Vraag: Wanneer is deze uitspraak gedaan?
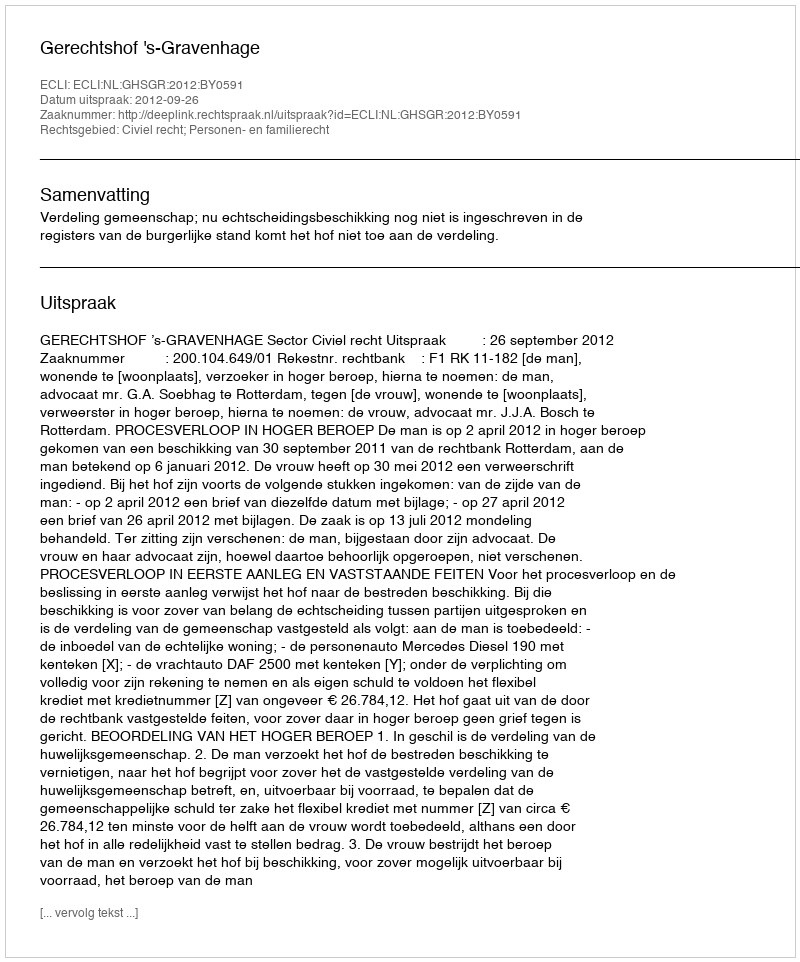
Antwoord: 2012-09-26